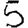
Digit: 5